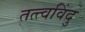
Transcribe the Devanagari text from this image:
तत्त्वविंदु